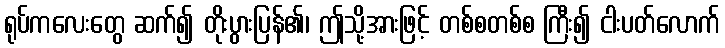
ရုပ်ကလေးတွေ ဆက်၍ တိုးပွားပြန်၏၊ ဤသို့အားဖြင့် တစ်စတစ်စ ကြီး၍ ငါးပတ်လောက်